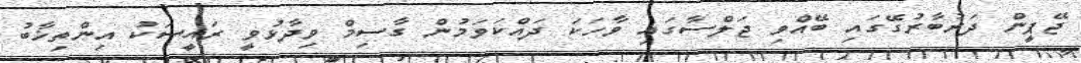
ޖޭޕީން ދަރުބާރުގޭގައި ބޭއްވި ޖަލްސާގައި ވާހަކަ ދައްކަވަމުން ގާސިމް ވިދާޅުވީ ރައީސަކު އިންތިޚާބު